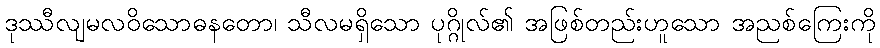
ဒုဿီလျမလဝိသောဓနတော၊ သီလမရှိသော ပုဂ္ဂိုလ်၏ အဖြစ်တည်းဟူသော အညစ်ကြေးကို